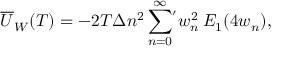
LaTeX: \overline { { { U } } } _ { W } ( T ) = - 2 T \Delta n ^ { 2 } \sum _ { n = 0 } ^ { \infty } \! { } ^ { ' } w _ { n } ^ { 2 } \, E _ { 1 } ( 4 w _ { n } ) { , }